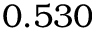
0 . 5 3 0